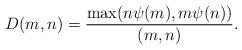
LaTeX: \begin{align*} D(m,n) = \frac{\max(n \psi(m),m \psi(n))}{(m,n)}.\end{align*}